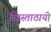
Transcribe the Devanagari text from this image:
ख्रिस्ताठायी